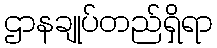
ဌာနချုပ်တည်ရှိရာ